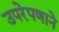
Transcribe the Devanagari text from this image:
उपरेपणाने